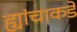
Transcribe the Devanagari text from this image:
ह्यांचाकडे